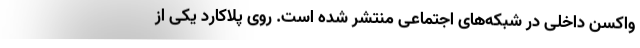
واکسن داخلی در شبکه‌های اجتماعی منتشر شده است. روی پلاکارد یکی از